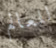
للعالم